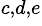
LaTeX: ^{c,d,e}